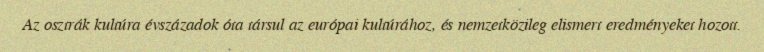
Az osztrák kultúra évszázadok óta társul az európai kultúrához, és nemzetközileg elismert eredményeket hozott.